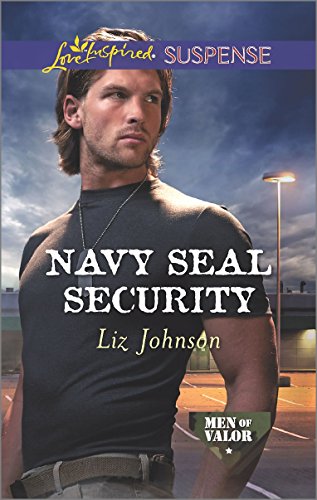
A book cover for Navy SEAL Security (Men of Valor); Liz Johnson; Romance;